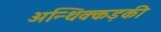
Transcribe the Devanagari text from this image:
अन्थिक्कड़की